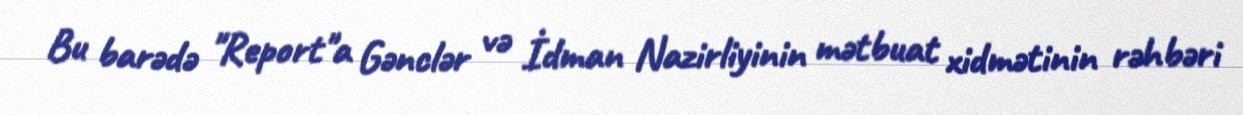
Bu barədə "Report"a Gənclər və İdman Nazirliyinin mətbuat xidmətinin rəhbəri